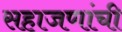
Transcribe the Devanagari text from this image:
सहाजणांची